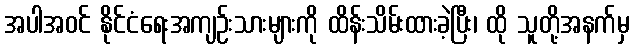
အပါအဝင် နိုင်ငံရေးအကျဉ်းသားများကို ထိန်းသိမ်းထားခဲ့ပြီး၊ ထို သူတို့အနက်မှ